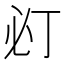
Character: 𢗈